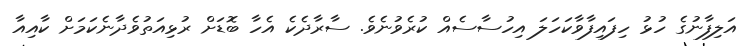
އަލިފާނުގެ ހުޅު ހިފައިފާވާކަހަލަ އިހުސާސެއް ކުރެވުނެވެ. ސާރާދެކެ އެހާ ބޮޑަށް ރުޅިއަތުވެދާނެކަމަށް ކާއިއާ